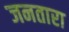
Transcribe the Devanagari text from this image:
जनतारा